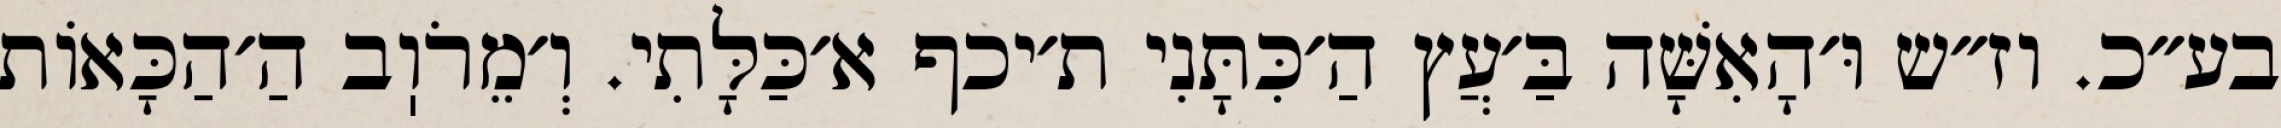
בע״כ. וז״ש וּ׳הָאִשָּׁה בַּ׳עֲץ הַ׳כִּתָּנִי ת׳יכף א׳כַּלָּתִי. וְ׳מֵרֹוֽב הַ׳הַכָּאוֹת